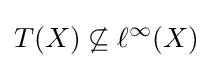
T(X)\not \subseteq \ell ^{\infty }(X)